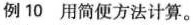
例10用简便方法计算。